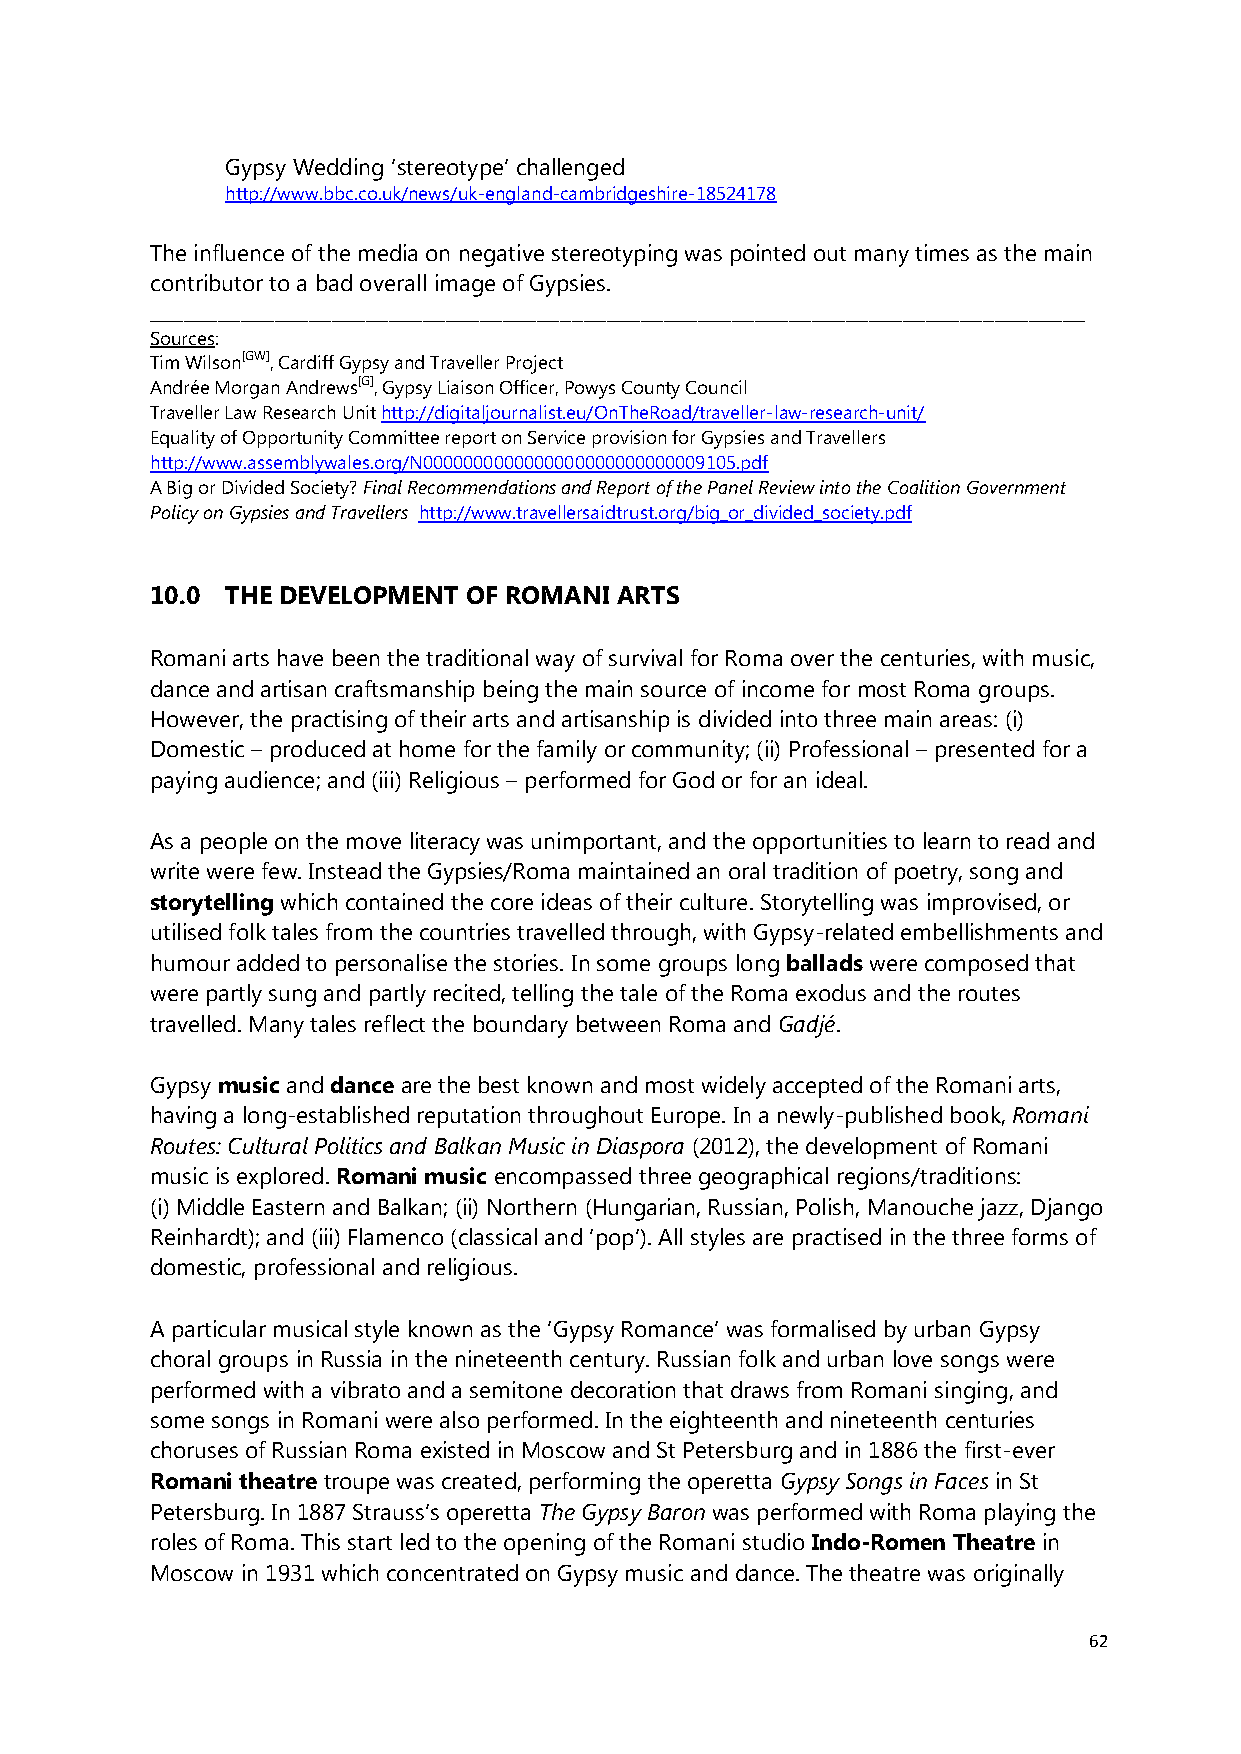
Gypsy Wedding ‘stereotype’ challenged
 http://www.bbc.co.uk/news/uk-england-cambridgeshire-18524178
 The influence of the media on negative stereotyping was pointed out many times as the main
 contributor to a bad overall image of Gypsies.
 __________________________________________________________________________________
 Sources:
 Tim Wilson[GW], Cardiff Gypsy and Traveller Project
 Andrée Morgan Andrews[G], Gypsy Liaison Officer, Powys County Council
 Traveller Law Research Unit http://digitaljournalist.eu/OnTheRoad/traveller-law-research-unit/
 Equality of Opportunity Committee report on Service provision for Gypsies and Travellers
 http://www.assemblywales.org/N0000000000000000000000000009105.pdf
 A Big or Divided Society? Final Recommendations and Report of the Panel Review into the Coalition Government
 Policy on Gypsies and Travellers http://www.travellersaidtrust.org/big_or_divided_society.pdf
 10.0 THE DEVELOPMENT OF ROMANI ARTS
 Romani arts have been the traditional way of survival for Roma over the centuries, with music,
 dance and artisan craftsmanship being the main source of income for most Roma groups.
 However, the practising of their arts and artisanship is divided into three main areas: (i)
 Domestic – produced at home for the family or community; (ii) Professional – presented for a
 paying audience; and (iii) Religious – performed for God or for an ideal.
 As a people on the move literacy was unimportant, and the opportunities to learn to read and
 write were few. Instead the Gypsies/Roma maintained an oral tradition of poetry, song and
 storytelling which contained the core ideas of their culture. Storytelling was improvised, or
 utilised folk tales from the countries travelled through, with Gypsy-related embellishments and
 humour added to personalise the stories. In some groups long ballads were composed that
 were partly sung and partly recited, telling the tale of the Roma exodus and the routes
 travelled. Many tales reflect the boundary between Roma and Gadjé.
 Gypsy music and dance are the best known and most widely accepted of the Romani arts,
 having a long-established reputation throughout Europe. In a newly-published book, Romani
 Routes: Cultural Politics and Balkan Music in Diaspora (2012), the development of Romani
 music is explored. Romani music encompassed three geographical regions/traditions:
 (i) Middle Eastern and Balkan; (ii) Northern (Hungarian, Russian, Polish, Manouche jazz, Django
 Reinhardt); and (iii) Flamenco (classical and ‘pop’)﴿. All styles are practised in the three forms of
 domestic, professional and religious.
 A particular musical style known as the ‘Gypsy Romance’ was formalised by urban Gypsy
 choral groups in Russia in the nineteenth century. Russian folk and urban love songs were
 performed with a vibrato and a semitone decoration that draws from Romani singing, and
 some songs in Romani were also performed. In the eighteenth and nineteenth centuries
 choruses of Russian Roma existed in Moscow and St Petersburg and in 1886 the first-ever
 Romani theatre troupe was created, performing the operetta Gypsy Songs in Faces in St
 Petersburg. In 1887 Strauss’s operetta The Gypsy Baron was performed with Roma playing the
 roles of Roma. This start led to the opening of the Romani studio Indo-Romen Theatre in
 Moscow in 1931 which concentrated on Gypsy music and dance. The theatre was originally
 62